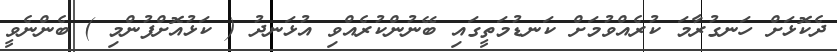
ދެކޮޅަށް ހަނގުރާމަ ކުރެއްވުމަށް ކަނޑުމަތީގައި ބޭނުންކުރެއްވި އުޅަނދު ( ކަޅުއޮށްފުންމި ) ބެންނެވީ